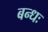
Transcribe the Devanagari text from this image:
बन्धः